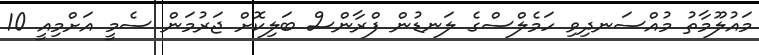
މައުލޫމާތު މުއްސަނދިވި ހަމެލްސްގެ ލަނޑުން ފްރާންސް ބަލިކޮށް ޖަރުމަން ސެމީ އަށްމިއީ 10